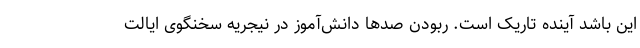
این باشد آینده تاریک است. ربودن صدها دانش‌آموز در نیجریه سخنگوی ایالت